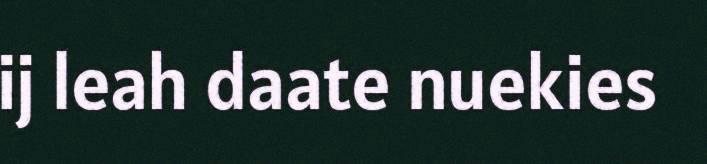
ij leah daate nuekies